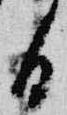
日